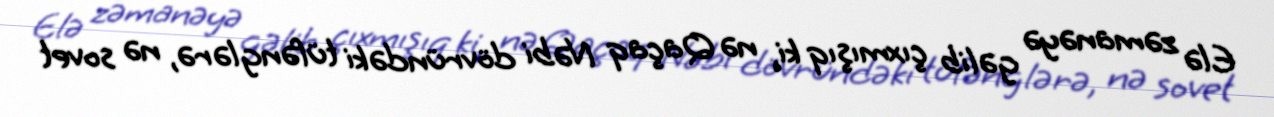
Elə zəmanəyə gəlib çıxmışıq ki, nə Qaçaq Nəbi dövründəki tüfənglərə, nə sovet